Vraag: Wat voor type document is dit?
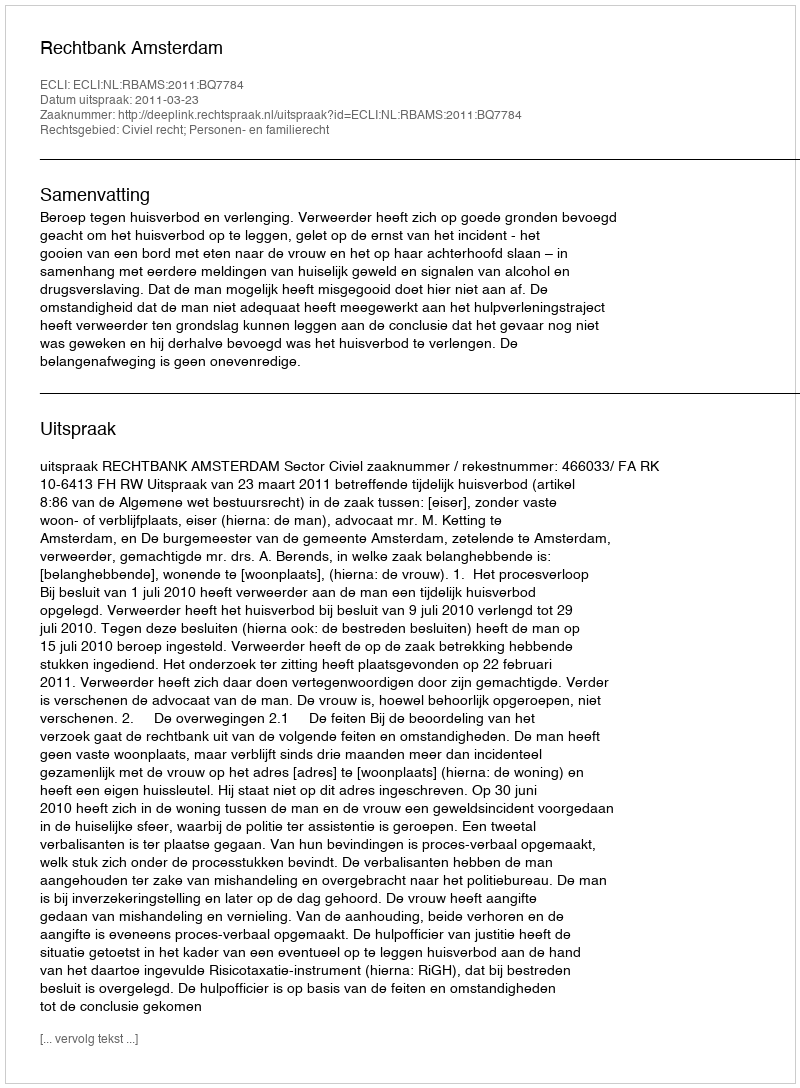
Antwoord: Uitspraak